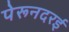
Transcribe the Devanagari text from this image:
पेरूनदरई